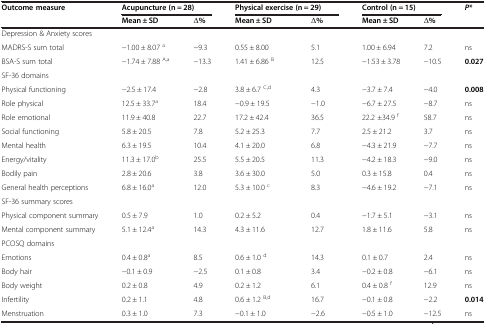
<table><thead><tr><td><b>Outcome measure</b></td><td colspan="2"><b>Acupuncture (n = 28)</b></td><td colspan="2"><b>Physical exercise (n = 29)</b></td><td colspan="2"><b>Control (n = 15)</b></td><td><b><i>P</i>*</b></td></tr><tr><td><b> </b></td><td><b>Mean ± SD</b></td><td><b>Δ%</b></td><td><b>Mean ± SD</b></td><td><b>Δ%</b></td><td><b>Mean ± SD</b></td><td><b>Δ%</b></td><td><b> </b></td></tr></thead><tbody><tr><td>Depression &amp; Anxiety scores</td><td> </td><td> </td><td> </td><td> </td><td> </td><td> </td><td> </td></tr><tr><td>MADRS-S sum total</td><td>−1.00 ± 8.07 <sup>a</sup></td><td>−9.3</td><td>0.55 ± 8.00</td><td>5.1</td><td>1.00 ± 6.94</td><td>7.2</td><td>ns</td></tr><tr><td>BSA-S sum total</td><td>−1.74 ± 7.88 <sup>A,a</sup></td><td>−13.3</td><td>1.41 ± 6.86 <sup>B</sup></td><td>12.5</td><td>−1.53 ± 3.78</td><td>−10.5</td><td><b>0.027</b></td></tr><tr><td>SF-36 domains</td><td> </td><td> </td><td> </td><td> </td><td> </td><td> </td><td> </td></tr><tr><td>Physical functioning</td><td>−2.5 ± 17.4</td><td>−2.8</td><td>3.8 ± 6.7 <sup>C,d</sup></td><td>4.3</td><td>−3.7 ± 7.4</td><td>−4.0</td><td><b>0.008</b></td></tr><tr><td>Role physical</td><td>12.5 ± 33.7<sup>a</sup></td><td>18.4</td><td>−0.9 ± 19.5</td><td>−1.0</td><td>−6.7 ± 27.5</td><td>−8.7</td><td>ns</td></tr><tr><td>Role emotional</td><td>11.9 ± 40.8</td><td>22.7</td><td>17.2 ± 42.4</td><td>36.5</td><td>22.2 ±34.9 <sup>f</sup></td><td>58.7</td><td>ns</td></tr><tr><td>Social functioning</td><td>5.8 ± 20.5</td><td>7.8</td><td>5.2 ± 25.3</td><td>7.7</td><td>2.5 ± 21.2</td><td>3.7</td><td>ns</td></tr><tr><td>Mental health</td><td>6.3 ± 19.5</td><td>10.4</td><td>4.1 ± 20.0</td><td>6.8</td><td>−4.3 ± 21.9</td><td>−7.7</td><td>ns</td></tr><tr><td>Energy/vitality</td><td>11.3 ± 17.0<sup>b</sup></td><td>25.5</td><td>5.5 ± 20.5</td><td>11.3</td><td>−4.2 ± 18.3</td><td>−9.0</td><td>ns</td></tr><tr><td>Bodily pain</td><td>2.8 ± 20.6</td><td>3.8</td><td>3.6 ± 30.0</td><td>5.0</td><td>0.3 ± 15.8</td><td>0.4</td><td>ns</td></tr><tr><td>General health perceptions</td><td>6.8 ± 16.0<sup>a</sup></td><td>12.0</td><td>5.3 ± 10.0 <sup>c</sup></td><td>8.3</td><td>−4.6 ± 19.2</td><td>−7.1</td><td>ns</td></tr><tr><td>SF-36 summary scores</td><td> </td><td> </td><td> </td><td> </td><td> </td><td> </td><td> </td></tr><tr><td>Physical component summary</td><td>0.5 ± 7.9</td><td>1.0</td><td>0.2 ± 5.2</td><td>0.4</td><td>−1.7 ± 5.1</td><td>−3.1</td><td>ns</td></tr><tr><td>Mental component summary</td><td>5.1 ± 12.4<sup>a</sup></td><td>14.3</td><td>4.3 ± 11.6</td><td>12.7</td><td>1.8 ± 11.6</td><td>5.8</td><td>ns</td></tr><tr><td>PCOSQ domains</td><td> </td><td> </td><td> </td><td> </td><td> </td><td> </td><td> </td></tr><tr><td>Emotions</td><td>0.4 ± 0.8<sup>a</sup></td><td>8.5</td><td>0.6 ± 1.0 <sup>d</sup></td><td>14.3</td><td>0.1 ± 0.7</td><td>2.4</td><td>ns</td></tr><tr><td>Body hair</td><td>−0.1 ± 0.9</td><td>−2.5</td><td>0.1 ± 0.8</td><td>3.4</td><td>−0.2 ± 0.8</td><td>−6.1</td><td>ns</td></tr><tr><td>Body weight</td><td>0.2 ± 0.8</td><td>4.9</td><td>0.2 ± 1.2</td><td>6.1</td><td>0.4 ± 0.8 <sup>f</sup></td><td>12.9</td><td>ns</td></tr><tr><td>Infertility</td><td>0.2 ± 1.1</td><td>4.8</td><td>0.6 ± 1.2 <sup>B,d</sup></td><td>16.7</td><td>−0.1 ± 0.8</td><td>−2.2</td><td><b>0.014</b></td></tr><tr><td>Menstruation</td><td>0.3 ± 1.0</td><td>7.3</td><td>−0.1 ± 1.0</td><td>−2.6</td><td>−0.5 ± 1.0</td><td>−12.5</td><td>ns</td></tr></tbody></table>